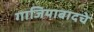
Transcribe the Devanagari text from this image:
गाजियाबादचे